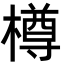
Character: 樽